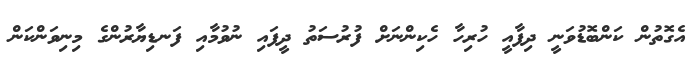
އެގޮތުން ކަންބޮޑުވަނީ ދިފާއީ ހުރިހާ ހެކިންނަށް ފުރުސަތު ދީފައި ނުވުމާއި ފަނޑިޔާރުންގެ މިނިވަންކަން